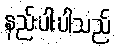
နည်းပါးပါသည်